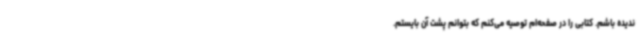
ندیده باشم. کتابی را در صفحه‌ام توصیه می‌کنم که بتوانم پشت آن بایستم.